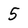
Character: 5